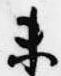
未